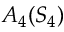
A _ { 4 } ( S _ { 4 } )